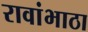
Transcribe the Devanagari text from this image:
रावांभाठा